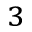
_ 3